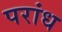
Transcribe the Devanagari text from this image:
परांध